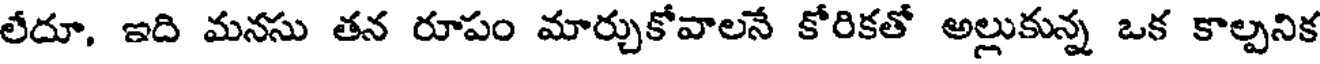
లేదూ, ఇది మనసు తన రూపం మార్చుకోవాలనే కోరికతో అల్లుకున్న ఒక కాల్చనిక